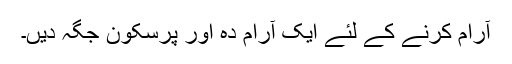
آرام کرنے کے لئے ایک آرام دہ اور پرسکون جگہ دیں۔